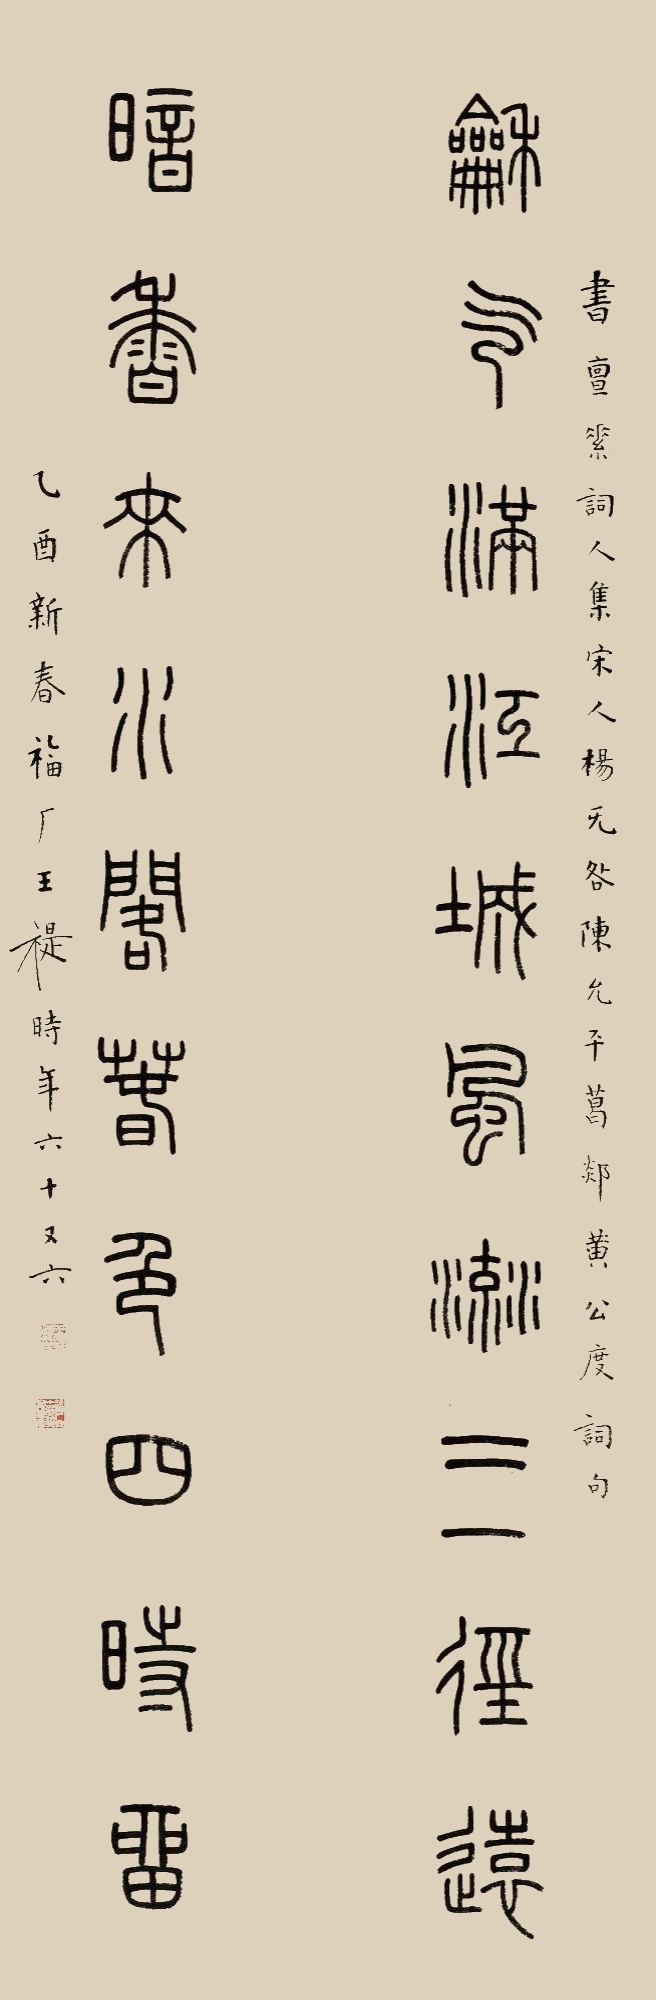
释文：和气满江城风流三径远，暗香来水阁春色四时留。书亶素词人集宋人杨无咎、陈允平、葛郯黄公度词句。乙酉新春，福厂王禔时年六十又六。